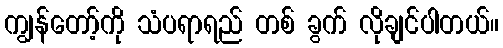
ကျွန်တော့်ကို သံပရာရည် တစ် ခွက် လိုချင်ပါတယ်။